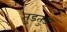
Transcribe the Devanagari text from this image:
तुडतुडा